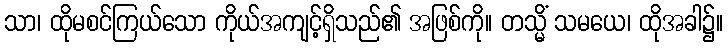
သာ၊ ထိုမစင်ကြယ်သော ကိုယ်အကျင့်ရှိသည်၏ အဖြစ်ကို။ တသ္မိံ သမယေ၊ ထိုအခါ၌။